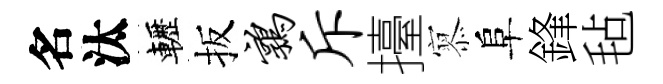
名汰轣扳鹑斥擡𡪹阜鋒毡